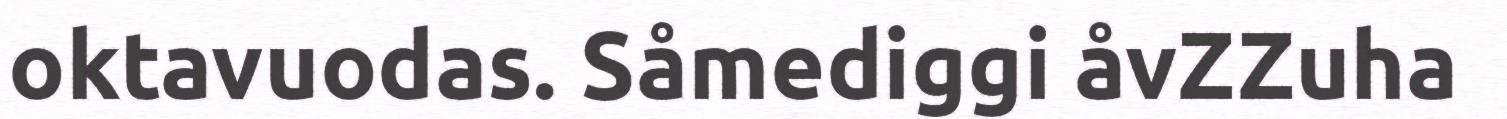
oktavuodas. Såmediggi åvZZuha